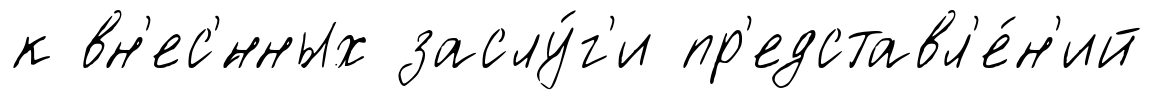
к вн'ес'́нных заслу́г'и пр'едставл'е́н'ий